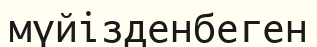
мүйізденбеген